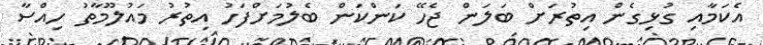
އެކަމާއި ގުޅިގެން އިތުރަށް ބަލަން ޖެހޭ ކަންކަން ބެލުމަށްފަހު އިތުރު މައުލޫމާތު ހިއްސާ